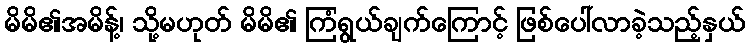
မိမိ၏အမိန့်၊ သို့မဟုတ် မိမိ၏ ကြံရွယ်ချက်ကြောင့် ဖြစ်ပေါ်လာခဲ့သည့်နှယ်